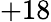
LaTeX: +18